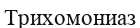
Трихомониаз